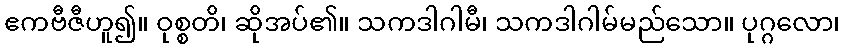
ဧကဗီဇီဟူ၍။ ဝုစ္စတိ၊ ဆိုအပ်၏။ သကဒါဂါမီ၊ သကဒါဂါမ်မည်သော။ ပုဂ္ဂလော၊